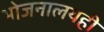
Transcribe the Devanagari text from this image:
भोजनालयही